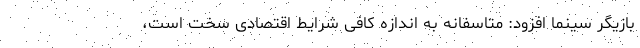
بازیگر سینما افزود: متاسفانه به اندازه کافی شرایط اقتصادی سخت است،